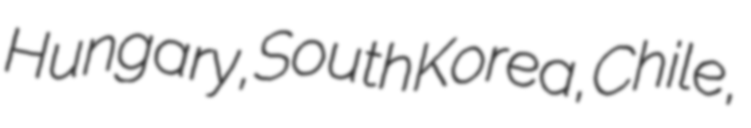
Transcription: Hungary, South Korea, Chile,